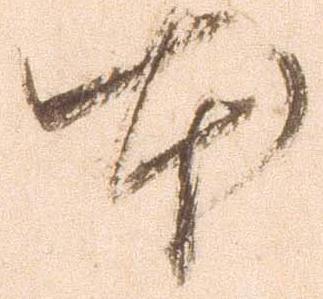
本